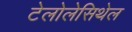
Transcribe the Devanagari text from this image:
टेलोलेसिथेल